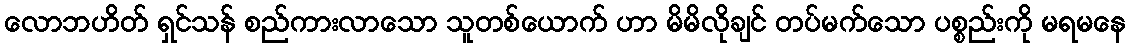
လောဘဟိတ် ရှင်သန် စည်ကားလာသော သူတစ်ယောက် ဟာ မိမိလိုချင် တပ်မက်သော ပစ္စည်းကို မရမနေ